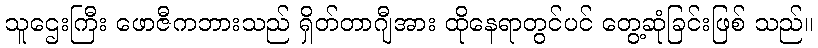
သူဌေးကြီး ဖောဇီကဘားသည် ရှိတ်တာဂျီအား ထိုနေရာတွင်ပင် တွေ့ဆုံခြင်းဖြစ် သည်။